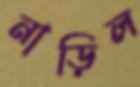
নাড়িল